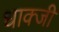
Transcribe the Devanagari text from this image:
धाक्जी